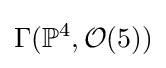
\Gamma (\mathbb {P} ^{4},{\mathcal {O}}(5))